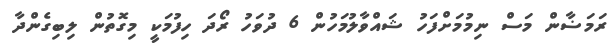
ރަމަޟާން މަސް ނިމުމަށްފަހު ޝައްވާލުމަހުން 6 ދުވަހު ރޯދަ ހިފުމަކީ މިގޮތުން ލިބިގެންދާ